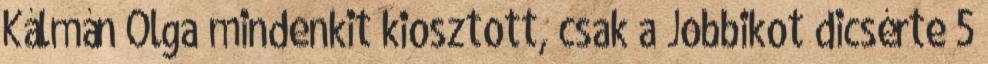
Kálmán Olga mindenkit kiosztott, csak a Jobbikot dicsérte 5